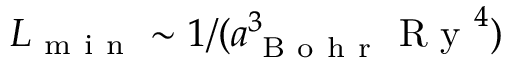
L _ { \mathrm { ~ m ~ i ~ n ~ } } \sim 1 / ( a _ { \mathrm { ~ B ~ o ~ h ~ r ~ } } ^ { 3 } \mathrm { ~ R ~ y ~ } ^ { 4 } )